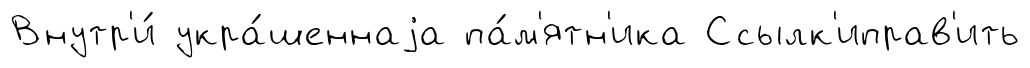
Внутр'и́ укра́шеннаjа па́м'ятн'ика Ссылк'иправ'ить